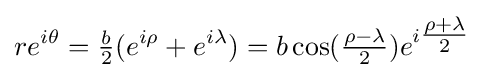
re^{i\theta }={\tfrac {b}{2}}(e^{i\rho }+e^{i\lambda })=b\cos({\tfrac {\rho -\lambda }{2}})e^{i{\tfrac {\rho +\lambda }{2}}}